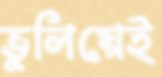
ভুলিয়েই